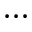
\cdots